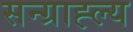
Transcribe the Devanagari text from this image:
सन्ग्राह्ल्य